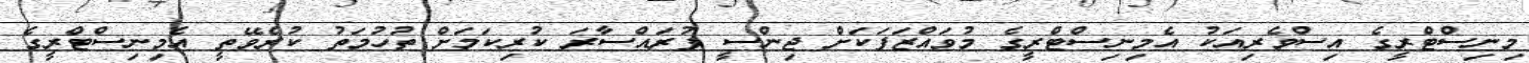
މިނިސްޓްރީގެ އިސްވެރިއަކު އެމިނިސްޓްރީގެ މުވައްޒަފަކަށް ޖިންސީ ފުރައްސާރަ ކުރިކަމަށް ތުހުމަތު ކުރެވޭތީ އެމިނިސްޓްރީގެ